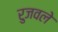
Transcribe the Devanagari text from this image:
रुजवले